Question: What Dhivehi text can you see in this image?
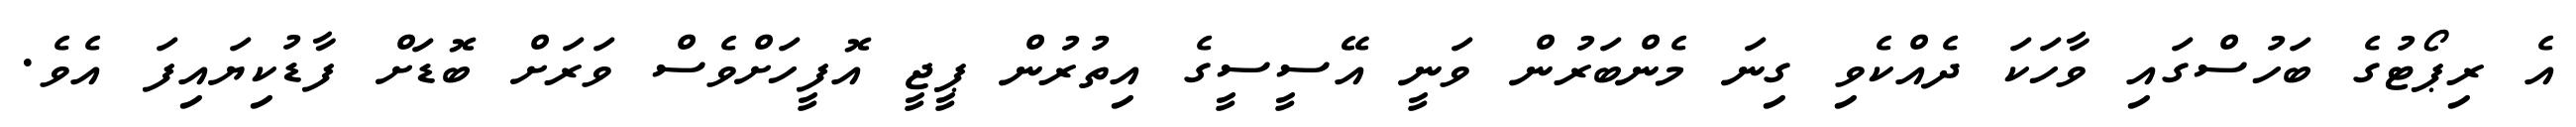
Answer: އެ ރިޕޯޓުގެ ބަހުސްގައި ވާހަކަ ދެއްކެވި ގިނަ މެންބަރުން ވަނީ އޭސީސީގެ އިތުރުން ޕީޖީ އޮފީހަށްވެސް ވަރަށް ބޮޑަށް ފާޑުކިޔައިފަ އެވެ.